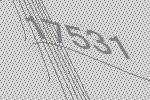
17531